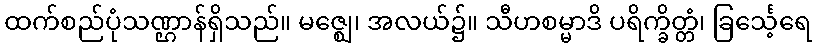
ထက်စည်ပုံသဏ္ဌာန်ရှိသည်။ မဇ္ဈေ၊ အလယ်၌။ သီဟစမ္မာဒိ ပရိက္ခိတ္တံ၊ ခြင်္သေ့ရေ